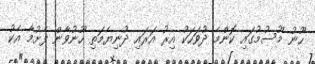
ހޫނު މޫސުމުގައި ކޮންމެ ދުވަހަކު އިރު އަރައި ދުނިޔެމަތި ހޫނުވާން ފެށުމާ އެކު